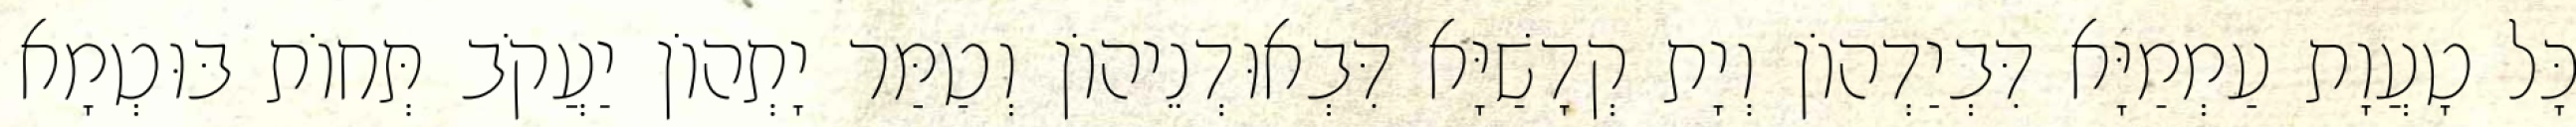
כָּל טָעֲוָת עַמְמַיָּא דִּבְיַדְהוֹן וְיָת קְדָשַׁיָּא דִּבְאוּדְנֵיהוֹן וְטַמַּר יָתְהוֹן יַעֲקֹב תְּחוֹת בּוּטְמָא